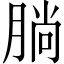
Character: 𣎃